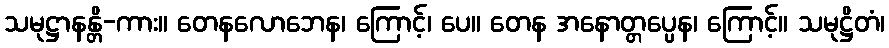
သမုဋ္ဌာနန္တိ-ကား။ တေနလောဘေန၊ ကြောင့်၊ ပေ။ တေန အနောတ္တပ္ပေန၊ ကြောင့်။ သမုဋ္ဌိတံ၊